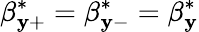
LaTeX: \beta_{\mathbf{y}+}^{*}=\beta_{\mathbf{y}-}^{*}=\beta_{\mathbf{y}}^{*}